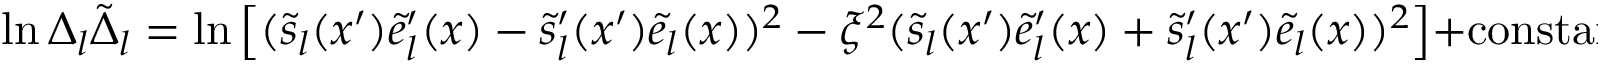
\ln \Delta _ { l } \tilde { \Delta } _ { l } = \ln \left[ ( \tilde { s } _ { l } ( x ^ { \prime } ) \tilde { e } _ { l } ^ { \prime } ( x ) - \tilde { s } _ { l } ^ { \prime } ( x ^ { \prime } ) \tilde { e } _ { l } ( x ) ) ^ { 2 } - \xi ^ { 2 } ( \tilde { s } _ { l } ( x ^ { \prime } ) \tilde { e } _ { l } ^ { \prime } ( x ) + \tilde { s } _ { l } ^ { \prime } ( x ^ { \prime } ) \tilde { e } _ { l } ( x ) ) ^ { 2 } \right] + \mathrm { c o n s t a n t } .